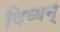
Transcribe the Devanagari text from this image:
दिव्यन्